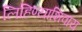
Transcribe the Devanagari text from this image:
लिहिण्याशिवाय